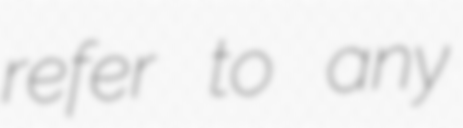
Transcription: refer to any